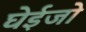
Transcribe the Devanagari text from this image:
घेईजो